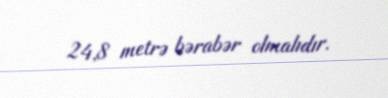
24,8 metrə bərabər olmalıdır.